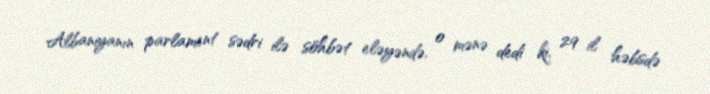
Albaniyanın parlament sədri ilə söhbət eləyəndə, o mənə dedi ki, 29 il həbsdə